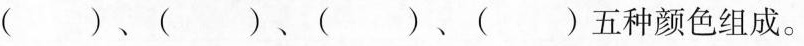
( )、( )、( )、( )五种颜色组成。